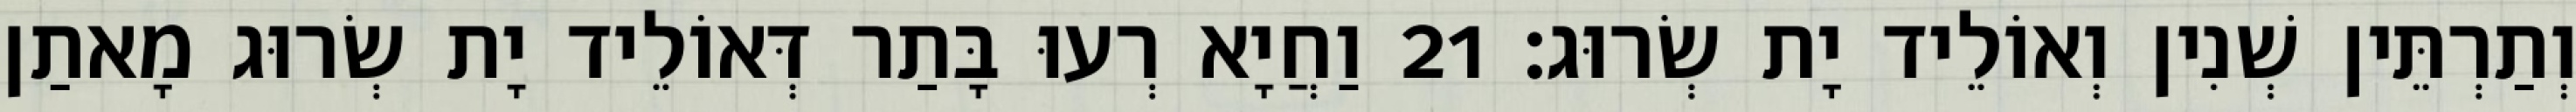
וְתַרְתֵּין שְׁנִין וְאוֹלֵיד יָת שְׂרוּג׃ 21 וַחֲיָא רְעוּ בָּתַר דְּאוֹלֵיד יָת שְׂרוּג מָאתַן